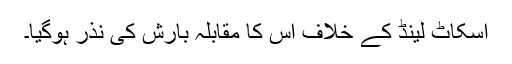
اسکاٹ لینڈ کے خلاف اس کا مقابلہ بارش کی نذر ہوگیا۔